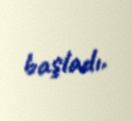
başladı.